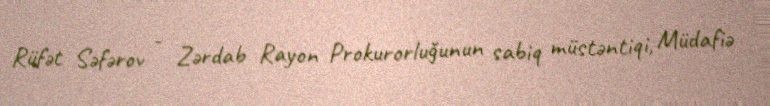
Rüfət Səfərov - Zərdab Rayon Prokurorluğunun sabiq müstəntiqi, Müdafiə